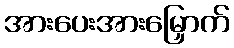
အားပေးအားမြှောက်